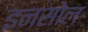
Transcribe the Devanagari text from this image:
इनसोल